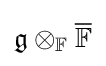
{\mathfrak {g}}\otimes _{\mathbb {F} }{\overline {\mathbb {F} }}